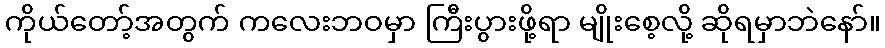
ကိုယ်တော့်အတွက် ကလေးဘဝမှာ ကြီးပွားဖို့ရာ မျိုးစေ့လို့ ဆိုရမှာဘဲနော်။